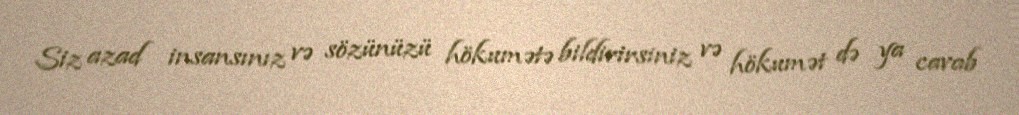
Siz azad insansınız və sözünüzü hökumətə bildirirsiniz və hökumət də ya cavab